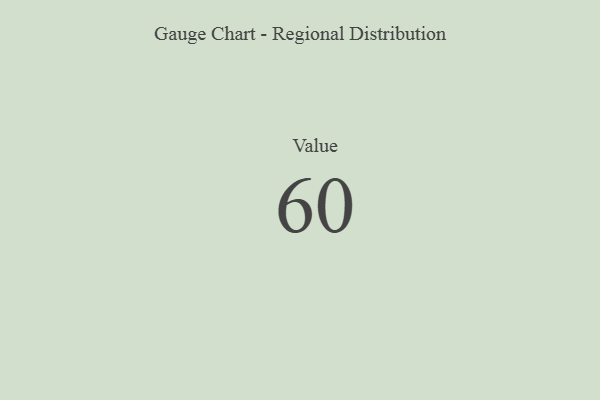
{"axis": {"x": "Metric", "y": "Value"}, "legend": [""], "data": [{"x": "Value", "y": 60, "type": ""}]}